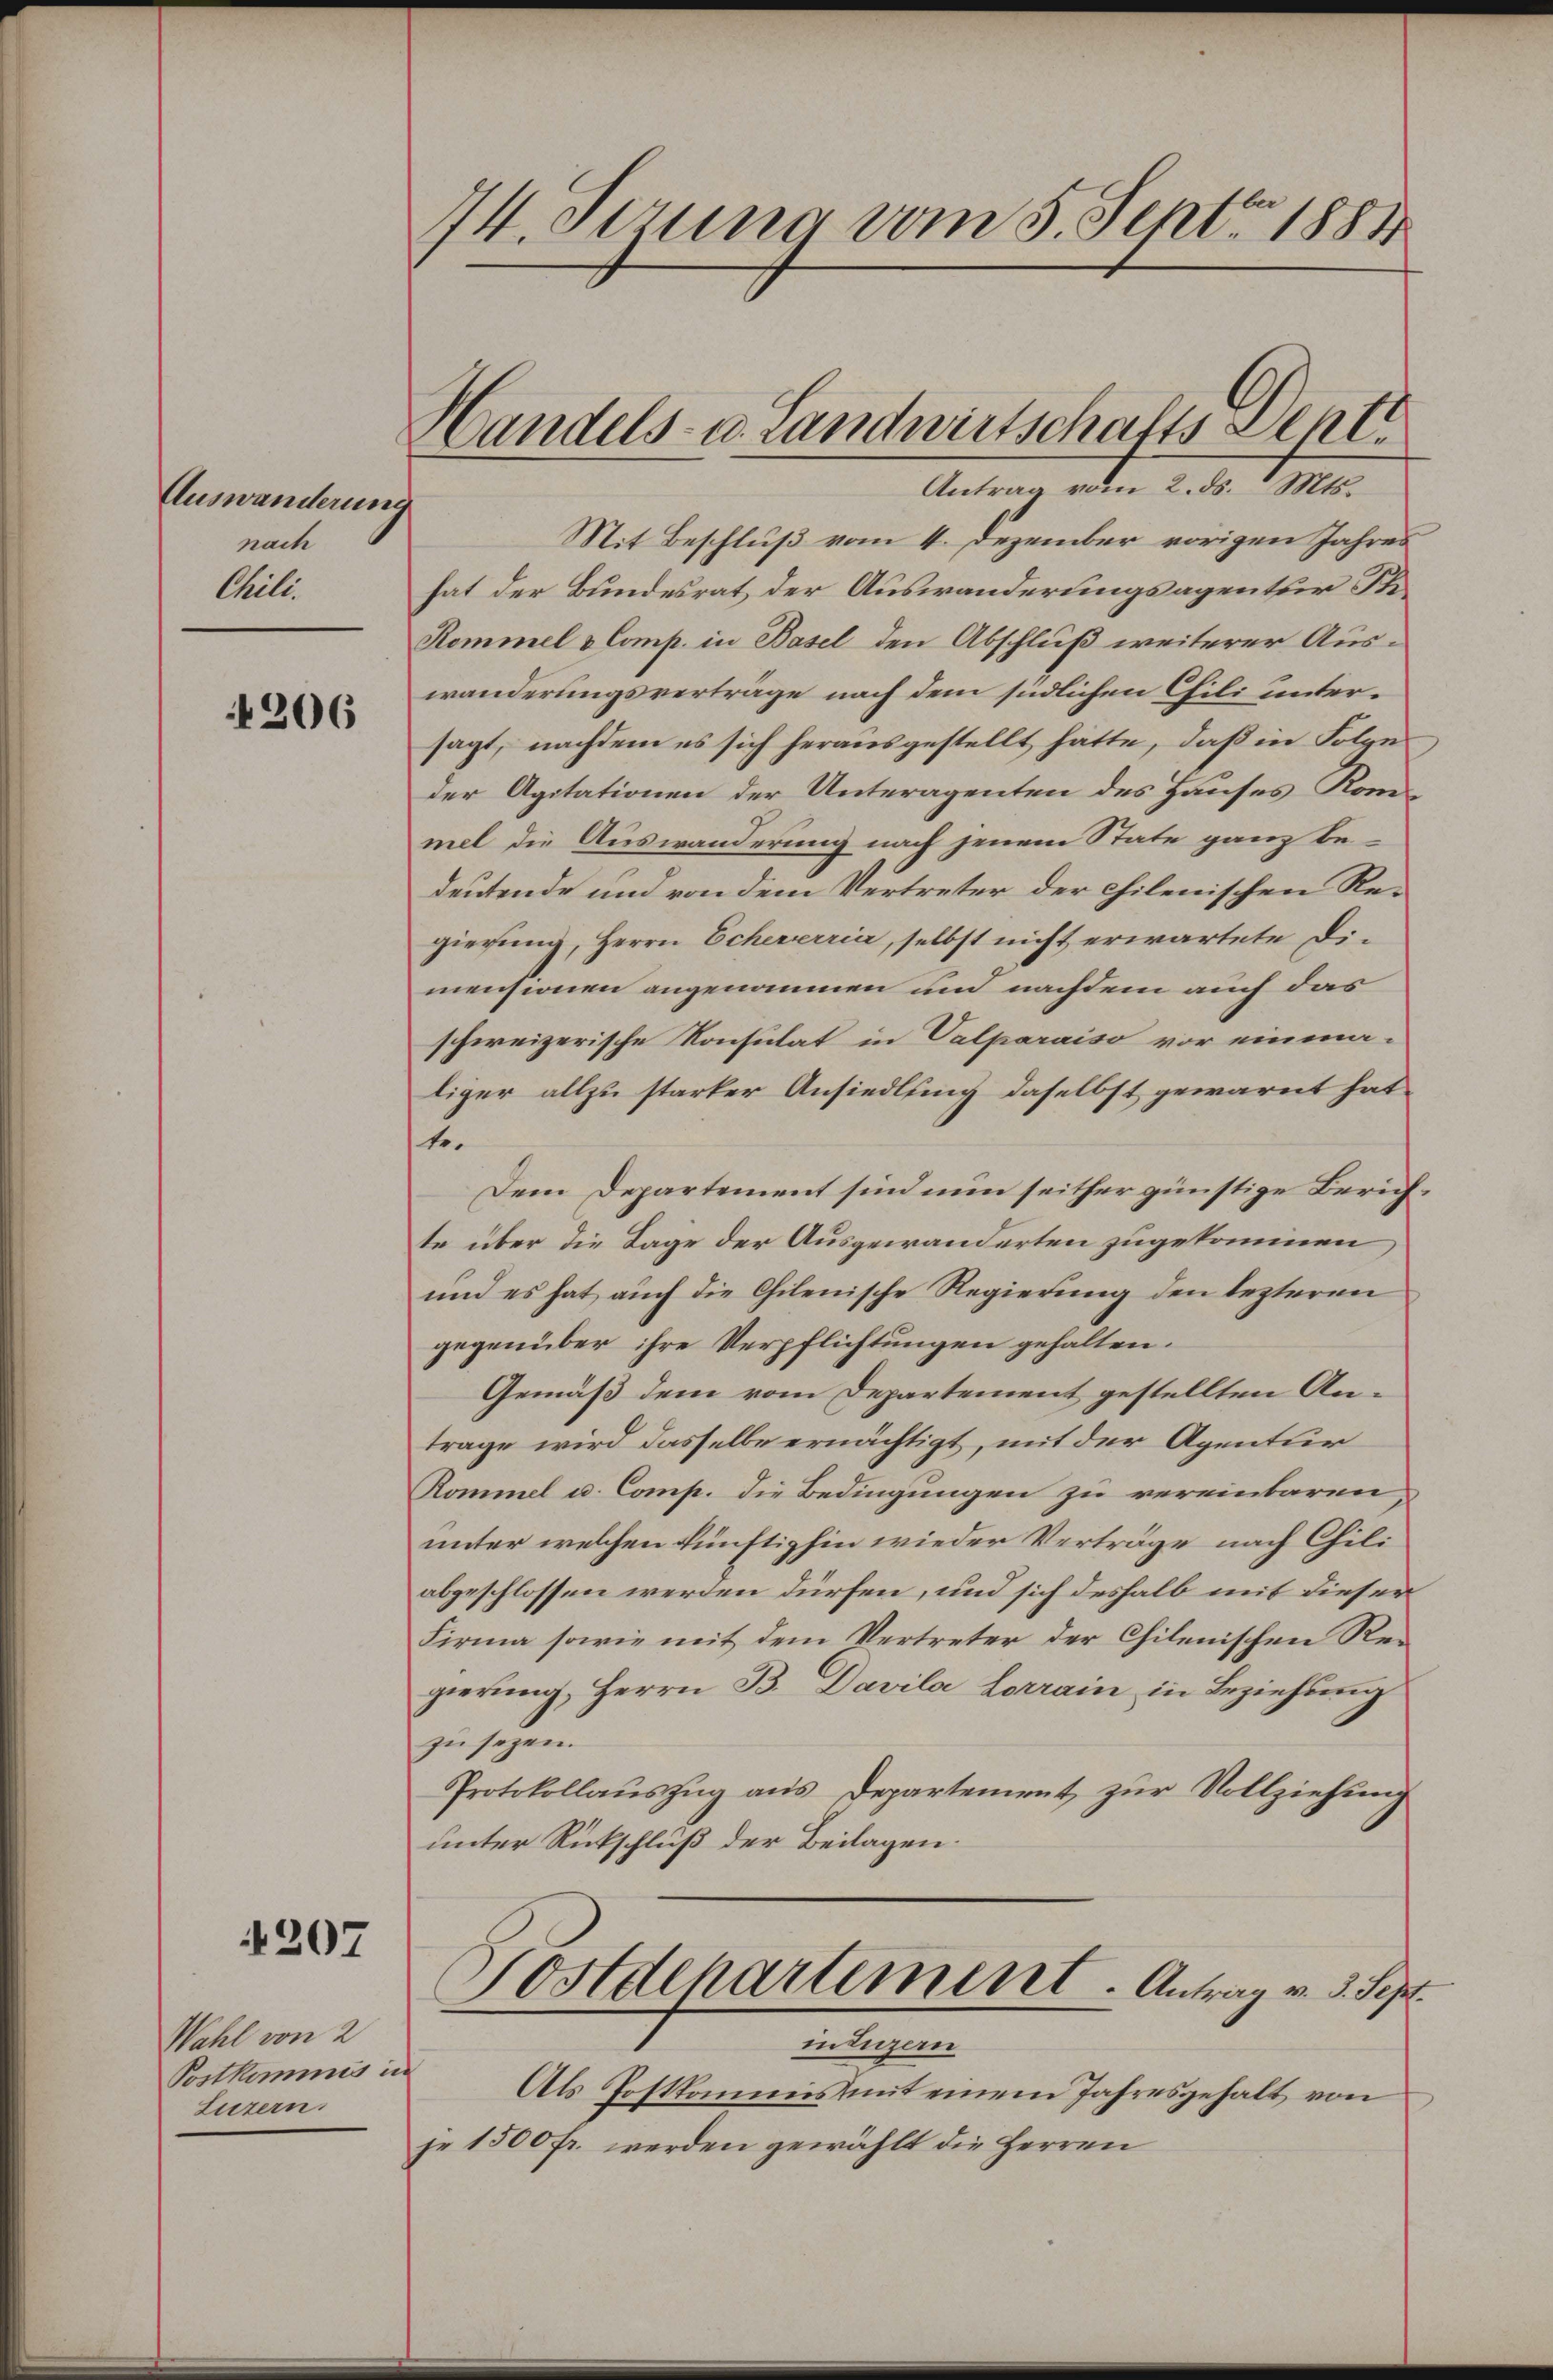
Auswanderung
nach
Chili.

4206

207

74. Setzung vom 5. Sept. 1881

Wahl von 2
Postkommis in
Luzern.

Handels- u. Landwirtschafts Sent
Antrag vom 2. ds. Mts.

Mit Beschluß vom 4. Dezember vorigen Jahres
hat der Bundesrat der Auswanderungsagentur Ste¬
Remmel & Comp. in Basel den Abschluß weiterer Auswanderungsverträge nach dem siedlichen Cili untersagt, nachdem es sich herausgestellt hätte, daß in Folge
der Agitationen der Unteragenten des Hauses Kommel die Auswanderung nach jenem State ganz bedeutende und von dem Vertreter der chilenischen Regierung, Herrn Scheverria, selbst nicht erwartete Dimensionen angenommen und nachdem auch das
schereizerische Konsulat in Valparaiso vor einma-
liger allzu starker Ansiedlung daselbst gewarnt hat,
te.
Dem Departement sind nun seither günstige Zürich
te über die Tage der Ausgewanderten zugekommen
und es hat auch die Chilenische Regierung den lezteren
gegenüber ihre Verpflichtungen gehalten.
Gemäß dem vom Departement gestellten Antrage wird dasselbe ernächtigt, mit der Agentur
Rommel u. Comp. die Bedingungen zu vereinbaren,
unter welchen künftighin wieder Verträge nach Chili
abgeschlossen werden dürfen, und sich deshalb mit dieser
Firma sowie mit dem Vertreter der Chilenischen Regierung, Herrn B. Davila Lorrain in Beziehung
zu sezen.
Protokollaŭszŭg aŭs Departement zŭr Vollziehung
unter Rückschluß der Beilagen.
Postdepartement. Antrag v. 5. Sep
in Luzern
Als Postkommis mit einem Jahresgehalt von
je 1500 fr. werden gewählt die Herren